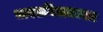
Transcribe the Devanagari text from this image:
भारतविद्याशास्त्र